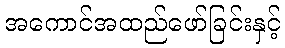
အကောင်အထည်ဖော်ခြင်းနှင့်